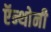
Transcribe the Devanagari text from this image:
ऍन्थोनी